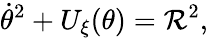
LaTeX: {\dot{\theta}}^{2}+U_{\xi}(\theta)={\mathcal R}^{2},